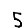
Digit: 5